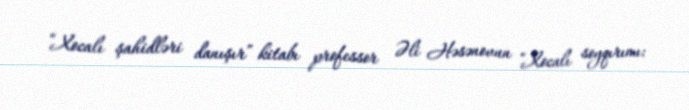
“Xocalı şahidləri danışır” kitabı professor Əli Həsənovun “Xocalı soyqırımı: